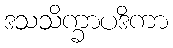
ဒသသိက္ခာပဒိကာ